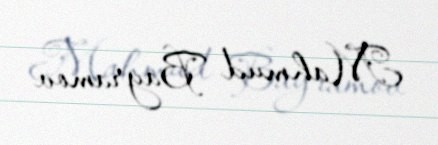
Mahmud Bayramov